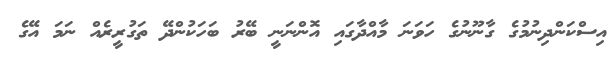
އިސްކަންދިނުމުގެ ގާނޫނުގެ ހަވަނަ މާއްދާގައި އޮންނަނީ ބޭރު ބަހަކުންދޭ ތަގުރީރެއް ނަމަ އޭގެ